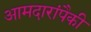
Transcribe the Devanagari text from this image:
आमदारांपैकी